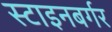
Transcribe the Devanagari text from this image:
स्टाइनबर्गर